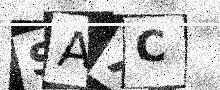
Text: SAXC